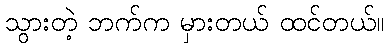
သွားတဲ့ ဘက်က မှားတယ် ထင်တယ်။